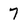
Character: 7